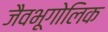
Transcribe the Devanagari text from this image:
जैवभूगोलिक